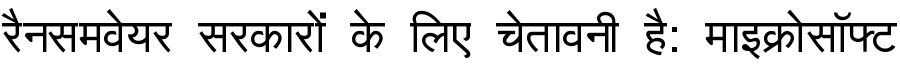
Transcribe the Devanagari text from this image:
रैनसमवेयर सरकारों के लिए चेतावनी है: माइक्रोसॉफ्ट